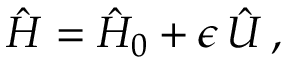
\hat { H } = \hat { H } _ { 0 } + \epsilon \, \hat { U } \, ,